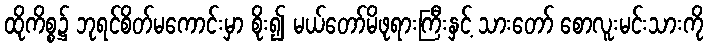
ထိုကိစ္စ၌ ဘုရင်စိတ်မကောင်းမှာ စိုး၍ မယ်တော်မိဖုရားကြီးနှင့် သားတော် စောလူးမင်းသားကို